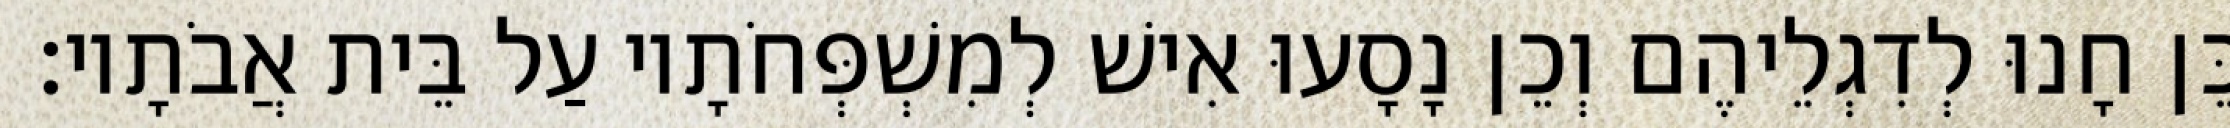
כֵּן חָנוּ לְדִגְלֵיהֶם וְכֵן נָסָעוּ אִישׁ לְמִשְׁפְּחֹתָיו עַל בֵּית אֲבֹתָיו׃